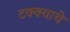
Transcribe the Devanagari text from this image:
टक्क्याचे